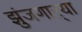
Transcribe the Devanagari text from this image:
झुंजणाऱ्या